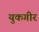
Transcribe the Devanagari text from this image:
युकगीर